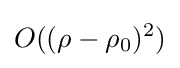
O((\rho -\rho _{0})^{2})